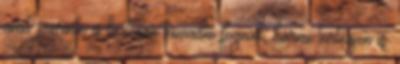
amit szerinte is biztosan támadni fognak, bármi történjen is.